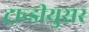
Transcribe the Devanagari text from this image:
ट्रान्डीयुसर